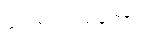
ဂေါစရပသုတော